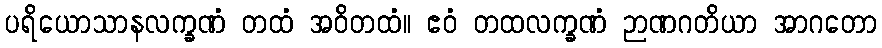
ပရိယောသာနလက္ခဏံ တထံ အဝိတထံ။ ဧဝံ တထလက္ခဏံ ဉာဏဂတိယာ အာဂတော